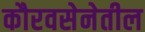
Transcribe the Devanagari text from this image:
कौरवसेनेतील